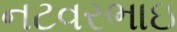
નટવરભાઇ